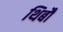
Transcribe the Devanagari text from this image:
थिबौ